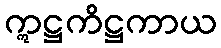
ဣဋ္ဌကိဋ္ဌကာယ